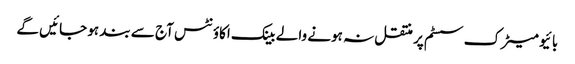
بائیو میٹرک سسٹم پر منتقل نہ ہونے والے بینک اکاؤنٹس آج سے بند ہو جائیں گے